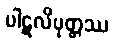
ပါဋလိပုတ္တဿ